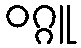
ဝဂ္ဂူ